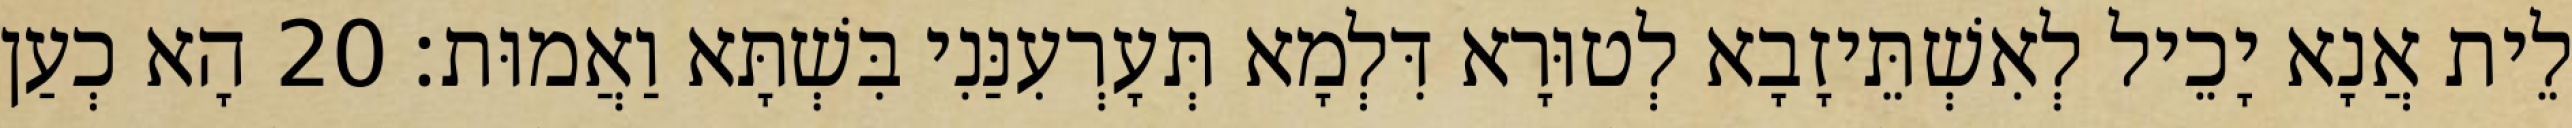
לֵית אֲנָא יָכֵיל לְאִשְׁתֵּיזָבָא לְטוּרָא דִּלְמָא תְּעָרְעִנַּנִי בִּשְׁתָּא וַאֲמוּת׃ 20 הָא כְעַן